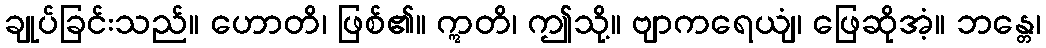
ချုပ်ခြင်းသည်။ ဟောတိ၊ ဖြစ်၏။ ဣတိ၊ ဤသို့။ ဗျာကရေယျံ၊ ဖြေဆိုအံ့။ ဘန္တေ၊